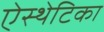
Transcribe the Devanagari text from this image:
ऐस्थेटिका